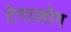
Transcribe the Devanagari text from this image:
टेगालोग